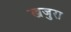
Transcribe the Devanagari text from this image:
खजुरा